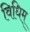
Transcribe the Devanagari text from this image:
विधिम्